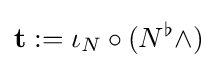
\mathbf {t} :=\iota _{N}\circ (N^{\flat }\wedge )